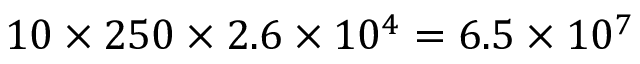
1 0 \times 2 5 0 \times 2 . 6 \times 1 0 ^ { 4 } = 6 . 5 \times 1 0 ^ { 7 }